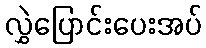
လွှဲပြောင်းပေးအပ်